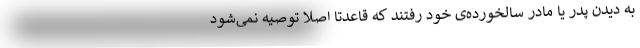
به دیدن پدر یا مادر سالخورده‌ی خود رفتند که قاعدتاً اصلا توصیه نمی‌شود